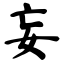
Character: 妄